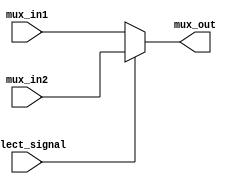
module MUX_2_1(mux_in1, mux_in2, select_signal, mux_out);
    input [31:0] mux_in1; 
    input [31:0] mux_in2; 
    input select_signal;
    output [31:0] mux_out;

    assign mux_out = (select_signal) ? mux_in2 : mux_in1; 

endmodule